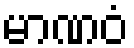
မာဏဝံ